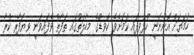
ހަމަޔަށް އޮންނަނީ ހުޅުވިފައި ކަމަށެވެ. ކޮވިޑްގެ މިހާލަތުގައި ތަފާތު ވެފައިވަނީ ވިޔަފާރި ކުރާ